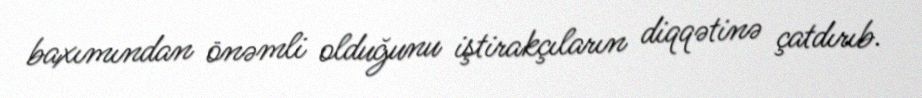
baxımından önəmli olduğunu iştirakçıların diqqətinə çatdırıb.